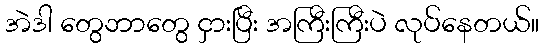
အဲဒါ တွေဘာတွေ ငှားပြီး အကြီးကြီးပဲ လုပ်နေတယ်။